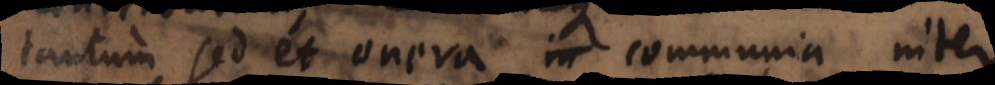
tantum sed et onera communia inter